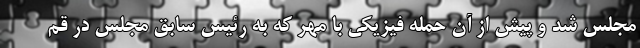
مجلس شد و پیش از آن حمله فیزیکی با مُهر که به رئیس سابق مجلس در قم